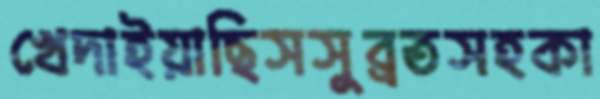
খেদাইয়াছিসসুব্রতসহকা